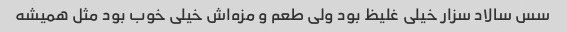
سس سالاد سزار خیلی غلیظ بود ولی طعم و مزه‌اش خیلی خوب بود مثل همیشه